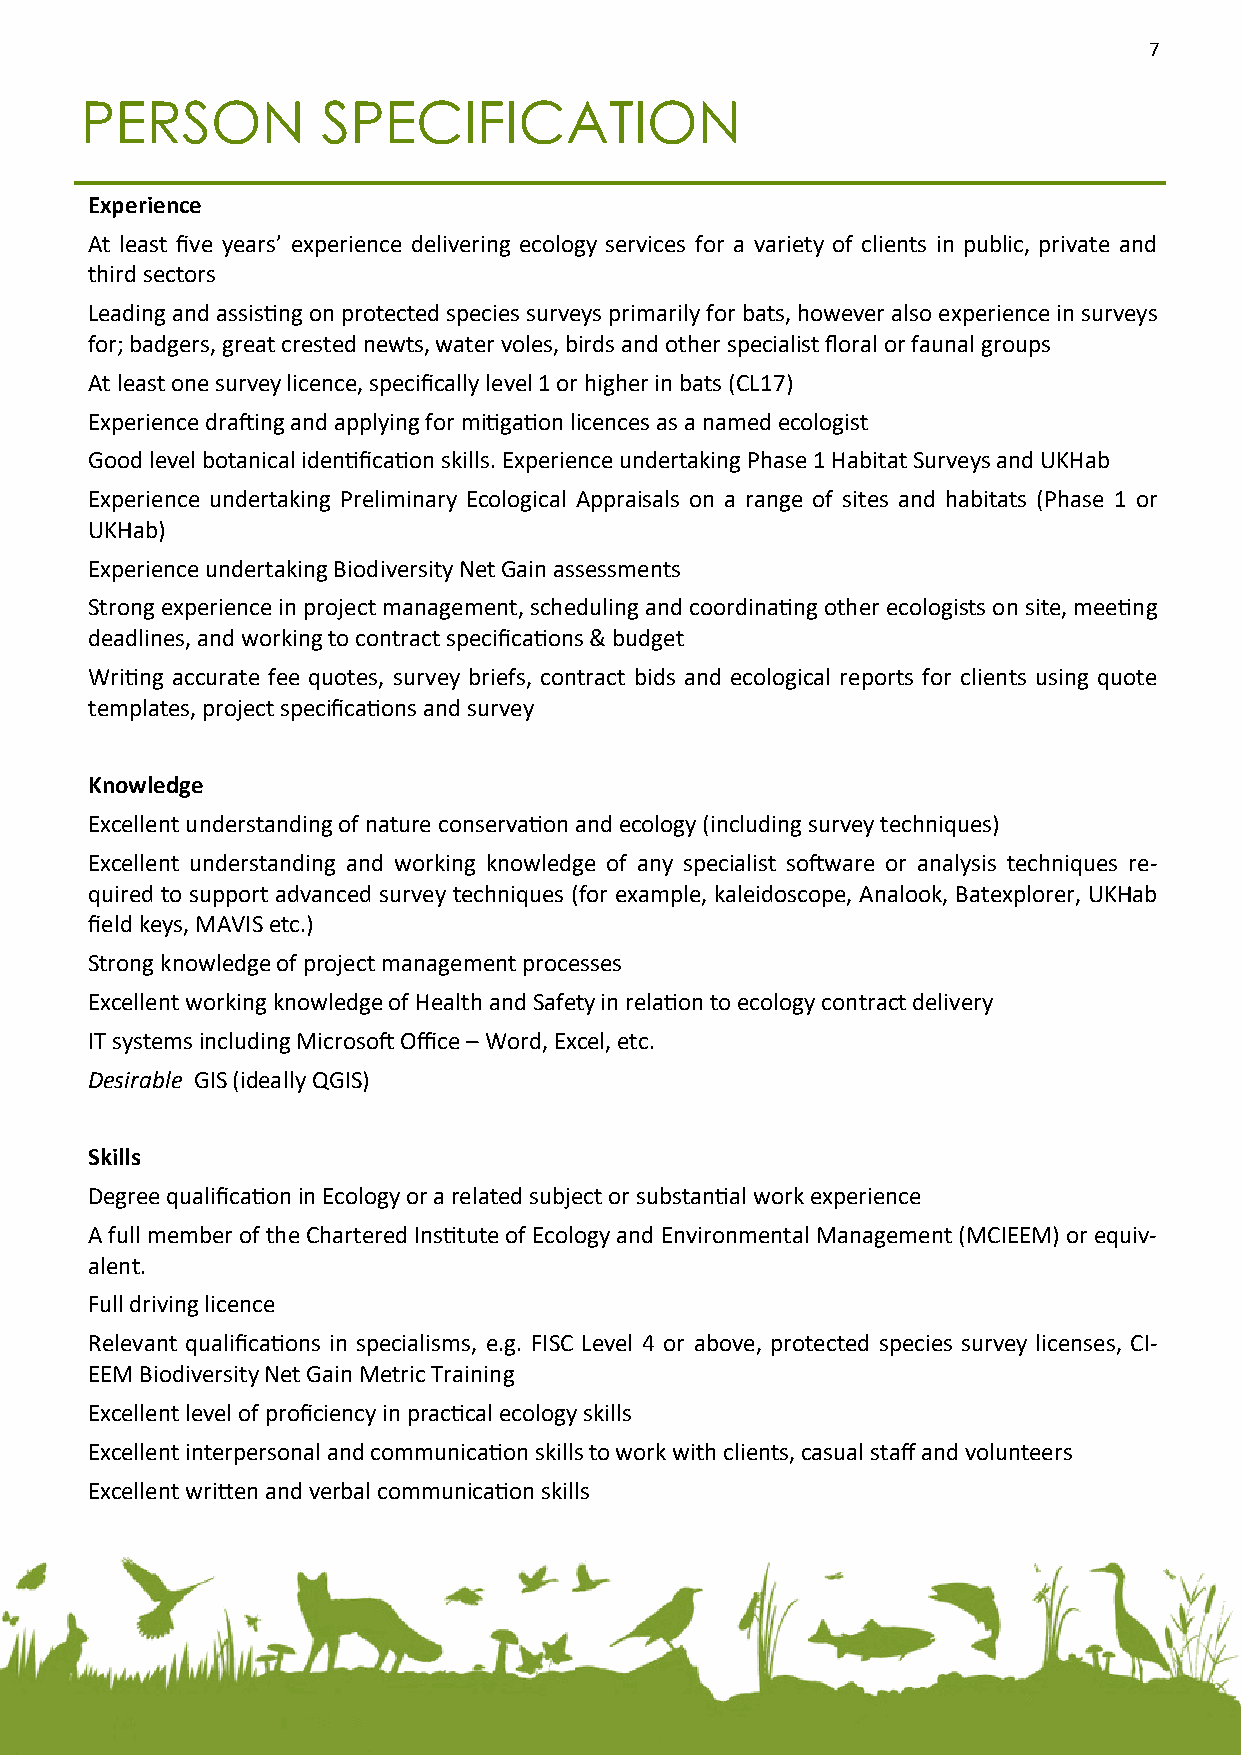
7
 PERSON          SPECIFICATION
 Experience
 At least five years’ experience delivering ecology services for a variety of clients in public, private and
 third sectors
 Leading and assisting on protected species surveys primarily for bats, however also experience in surveys
 for; badgers, great crested newts, water voles, birds and other specialist floral or faunal groups
 At least one survey licence, specifically level 1 or higher in bats (CL17)
 Experience drafting and applying for mitigation licences as a named ecologist
 Good level botanical identification skills. Experience undertaking Phase 1 Habitat Surveys and UKHab
 Experience undertaking Preliminary Ecological Appraisals on a range of sites and habitats (Phase 1 or
 UKHab)
 Experience undertaking Biodiversity Net Gain assessments
 Strong experience in project management, scheduling and coordinating other ecologists on site, meeting
 deadlines, and working to contract specifications & budget
 Writing accurate fee quotes, survey briefs, contract bids and ecological reports for clients using quote
 templates, project specifications and survey
 Knowledge
 Excellent understanding of nature conservation and ecology (including survey techniques)
 Excellent understanding and working knowledge of any specialist software or analysis techniques re-
 quired to support advanced survey techniques (for example, kaleidoscope, Analook, Batexplorer, UKHab
 field keys, MAVIS etc.)
 Strong knowledge of project management processes
 Excellent working knowledge of Health and Safety in relation to ecology contract delivery
 IT systems including Microsoft Office – Word, Excel, etc.
 Desirable GIS (ideally QGIS)
 Skills
 Degree qualification in Ecology or a related subject or substantial work experience
 A full member of the Chartered Institute of Ecology and Environmental Management (MCIEEM) or equiv-
 alent.
 Full driving licence
 Relevant qualifications in specialisms, e.g. FISC Level 4 or above, protected species survey licenses, CI-
 EEM Biodiversity Net Gain Metric Training
 Excellent level of proficiency in practical ecology skills
 Excellent interpersonal and communication skills to work with clients, casual staff and volunteers
 Excellent written and verbal communication skills
 7